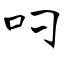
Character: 叼